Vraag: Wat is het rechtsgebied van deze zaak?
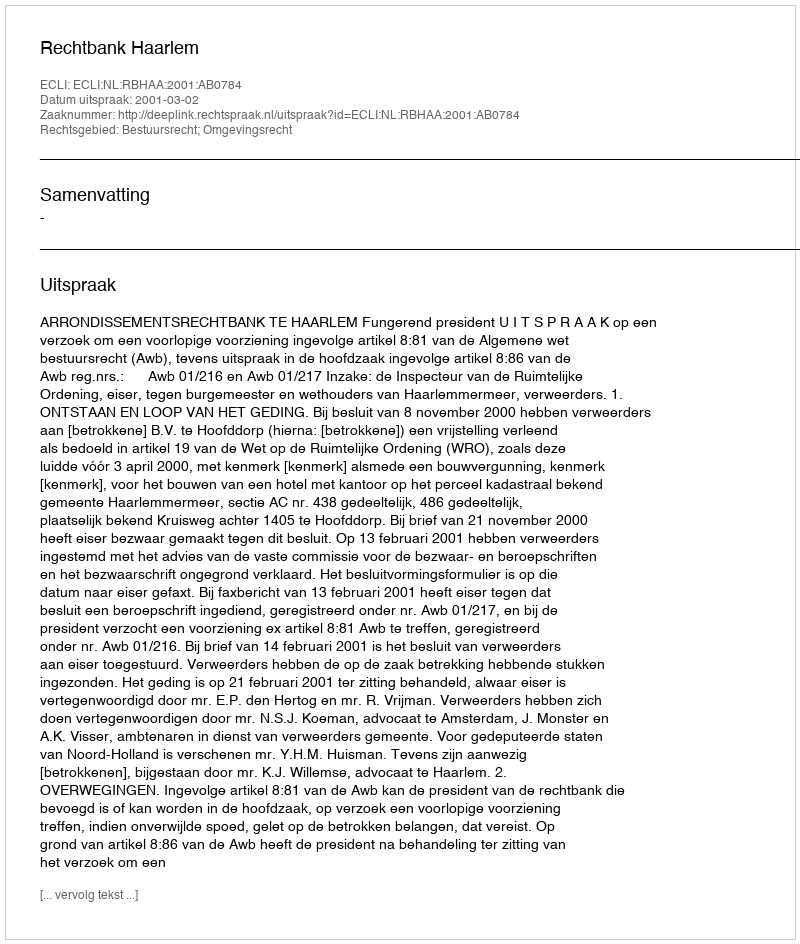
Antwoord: Bestuursrecht; Omgevingsrecht